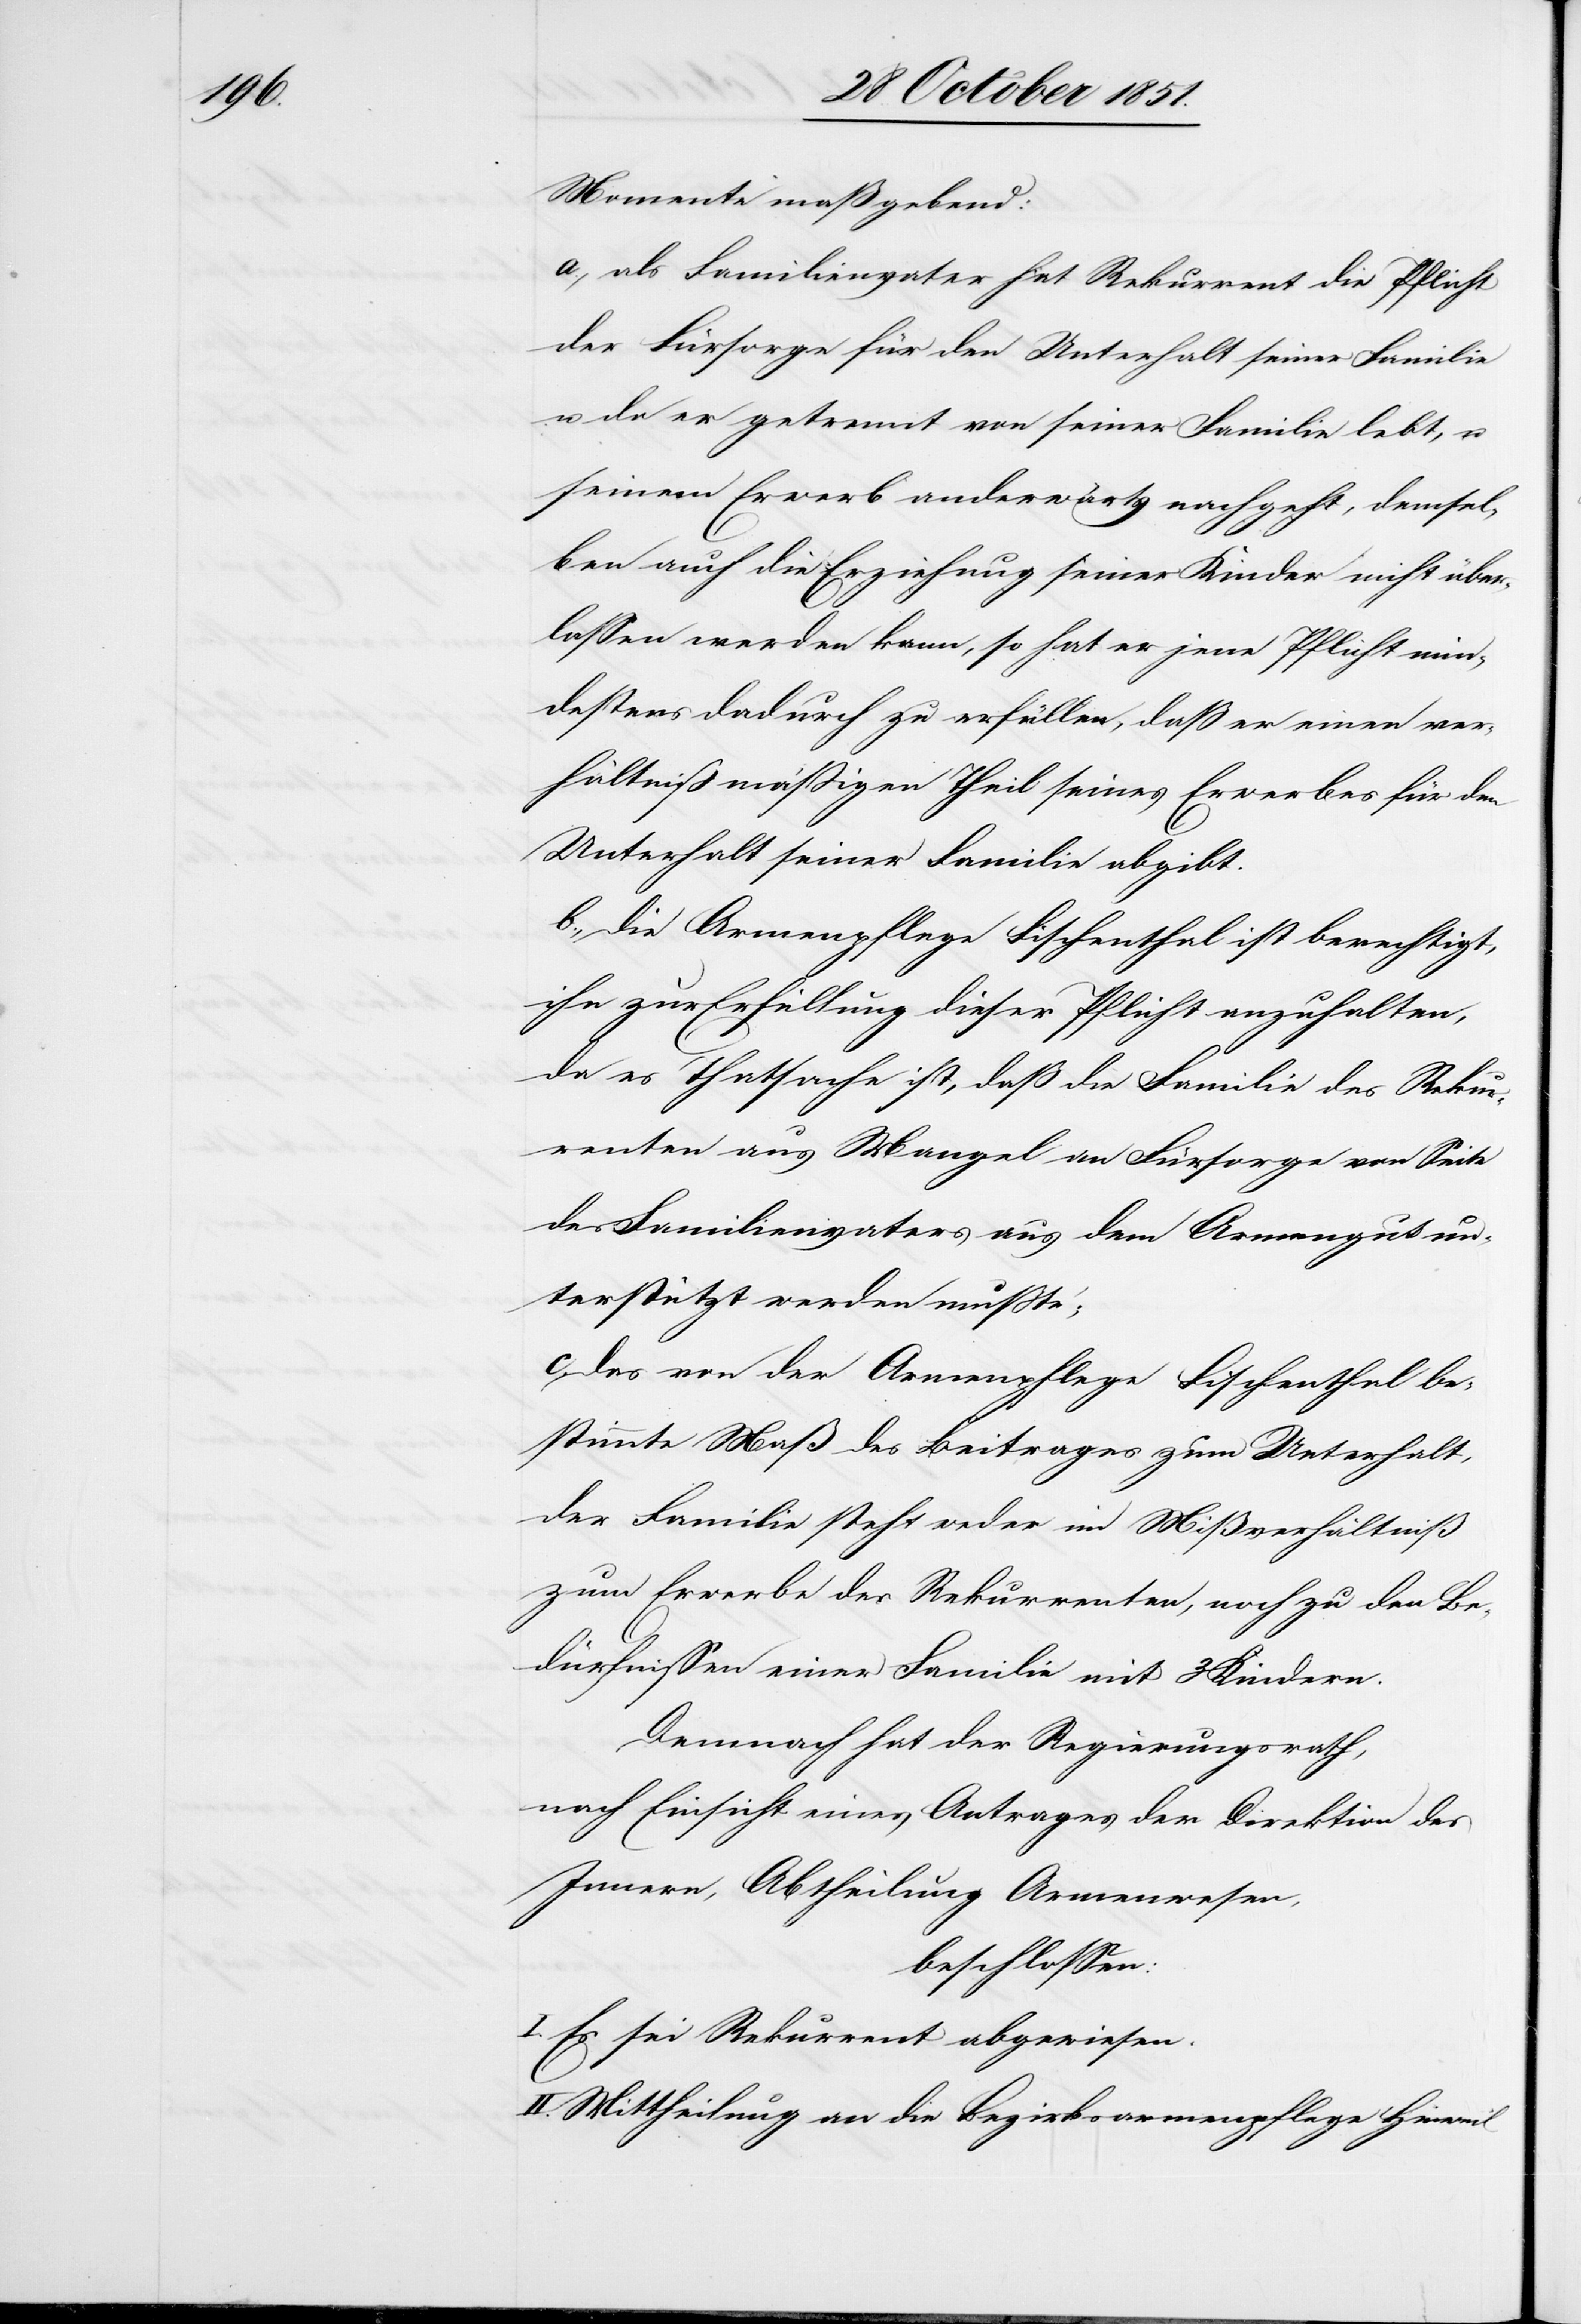
I.

Momente maßgebend:
a., als Familienvater hat Rekurrent die Pflicht
der Fürsorge für den Unterhalt seiner Familie
u. da er getrennt von seiner Familie lebt, u.
seinem Erwerb anderwärts nachgeht, demsel¬
ben auch die Erziehung seiner Kinder nicht über¬
lassen werden kann, so hat er jene Pflicht min¬
destens dadurch zu erfüllen, daß er einen ver¬
hältnißmäßigen Theil seines Erwerbes für den
Unterhalt seiner Familie abgibt.
b., die Armenpflege Fischenthal ist berechtigt,
ihn zur Erfüllung dieser Pflicht anzuhalten,
da es Thatsache ist, daß die Familie des Rekur¬
renten aus Mangel an Fürsorge von Seite
des Familienvaters aus dem Armengut un¬
terstützt werden mußte;
c. das von der Armenpflege Fischenthal be¬
stimmte Maß des Beitrages zum Unterhalt,
der Familie steht weder im Mißverhältniß
zum Erwerbe des Rekurrenten, noch zu den Be¬
dürfnissen einer Familie mit 3 Kindern.
Demnach hat der Regierungsrath,
nach Einsicht eines Antrages der Direktion des
Innern, Abtheilung Armenwesen,
beschlossen:
Es sei Rekurrent abgewiesen.
II. Mittheilung an die Bezirksarmenpflege Hinweil